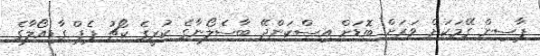
ޕާސިން ގޭމަކަށް ވަރަށް ބޮޑަށް އިސްކަންދޭ ބާސެލޯނާގެ ކުރީގެ ކޯޗު ޕެޕް ގާޑިއޯލާގެ